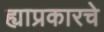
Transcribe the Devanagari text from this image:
ह्याप्रकारचे